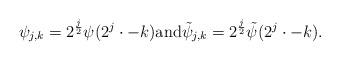
LaTeX: \begin{align*}\psi_{j,k} = 2^{\frac{j}{2}} \psi ( 2^{j} \cdot - k ) \mbox{and} \tilde{\psi}_{j,k} = 2^{\frac{j}{2}} \tilde{\psi} ( 2^{j} \cdot - k ) .\end{align*}